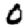
Digit: 0